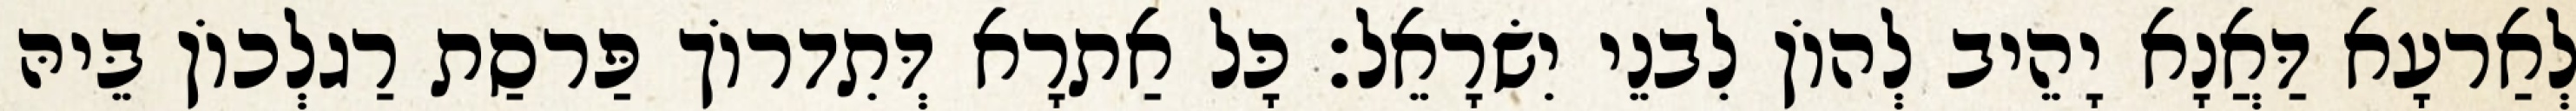
לְאַרעָא דַּאֲנָא יָהֵיב לְהוֹן לִבנֵי יִשׂרָאֵל׃ כָּל אַתרָא דְּתִדרוֹך פַּרסַת רַגלְכוֹן בֵּיהּ